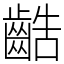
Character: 䶜